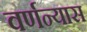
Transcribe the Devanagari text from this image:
वर्णन्यास